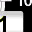
Digit: 1